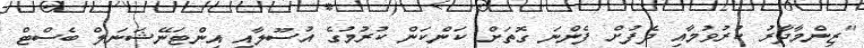
"ޒިންމާދާރު ކުރުވުމާއި ދެފުށް ފެންނަ ގޮތަށް ކަންކަން ކުރުމުގެ އުސޫލާއި އިންޓަނޭޝަނަލް ބެސްޓް